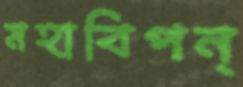
মহাবিপন্